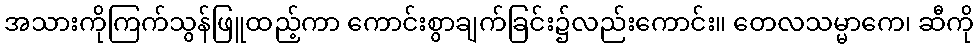
အသားကိုကြက်သွန်ဖြူထည့်ကာ ကောင်းစွာချက်ခြင်း၌လည်းကောင်း။ တေလသမ္မာကေ၊ ဆီကို